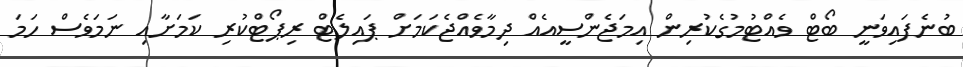
ބުނެފައިވަނީ ބޯޓް ވެއްޓުމުގެކުރިން އިމަޖެންސީއެއް ދިމާވެއްޖެކަމަށް ޕައިލެޓް ރިޕޯޓްކުރި ކަމަށާއި ނަމަވެސް ހަމަ